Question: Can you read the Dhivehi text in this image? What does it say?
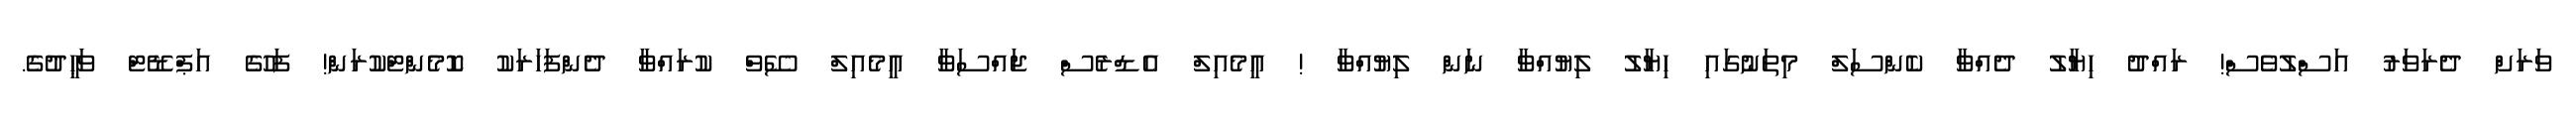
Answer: ވަރަށް ދެރަވަރު އަސްލުވެސް! ރައްދު ހިޔާލު ދެއްވާ ކެންސަލް މިތަނުގައި ހިޔާލު ލިޔުއްވާ ނަން ލިޔުއްވާ ! އީމެއިލް އެޑްރެސް ޖައްސަވާ އީމެއިލް ސޭވް ކުރައްވާ ދެންފަހަރަކު ކޮމެންޓްކުރަން! ފަހުގެ އަޕްޑޭޓް ވަޙީދުގެ.